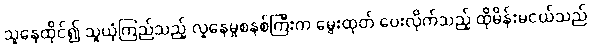
သူနေထိုင်၍ သူယုံကြည်သည့် လူနေမှုစနစ်ကြီးက မွေးထုတ် ပေးလိုက်သည့် ထိုမိန်းမငယ်သည်